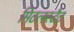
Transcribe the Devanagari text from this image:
मिटलस्टैट